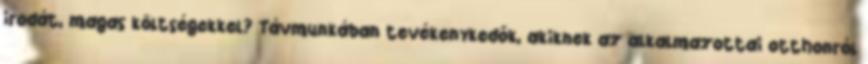
irodát, magas költségekkel? Távmunkában tevékenykedők, akiknek az alkalmazottai otthonról